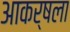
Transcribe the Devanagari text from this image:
आकर्षला